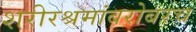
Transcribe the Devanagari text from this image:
शरीरश्रमांबरोबरच